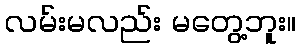
လမ်းမလည်း မတွေ့ဘူး။